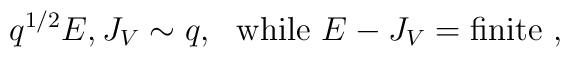
q^{1/2}E,J_V\sim q,~~{\rm while}~ E-J_V={\rm finite} \ ,